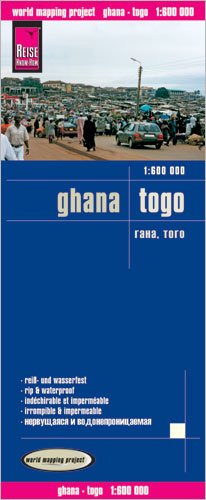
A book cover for Ghana & Togo 1:600 000 Travel Map, waterproof, GPS-compatible REISE; Reise Knowhow; Travel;